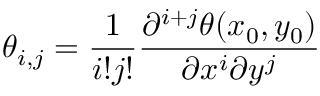
\theta _ { i , j } = \frac { 1 } { i ! j ! } \frac { \partial ^ { i + j } \theta ( x _ { 0 } , y _ { 0 } ) } { \partial x ^ { i } \partial y ^ { j } }